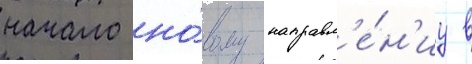
начало но́вому направл'е́н'иу в